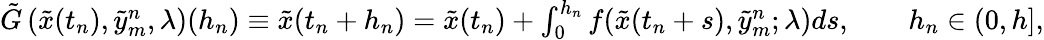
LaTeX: \begin{array}{r}{\tilde{G}\left(\tilde{x}(t_{n}),\tilde{y}_{m}^{n},\lambda\right)(h_{n})\equiv\tilde{x}(t_{n}+h_{n})=\tilde{x}(t_{n})+\int_{0}^{h_{n}}f(\tilde{x}(t_{n}+s),\tilde{y}_{m}^{n};\lambda)ds,\qquad h_{n}\in(0,h],}\end{array}